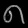
Digit: ၈